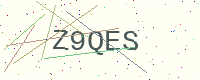
Text: Z9QES